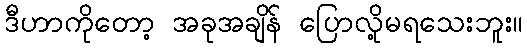
ဒီဟာကိုတော့ အခုအချိန် ပြောလို့မရသေးဘူး။